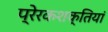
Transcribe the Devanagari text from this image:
प्रेरकशक्तियां